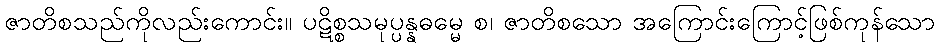
ဇာတိစသည်ကိုလည်းကောင်း။ ပဋိစ္စသမုပ္ပန္နဓမ္မေ စ၊ ဇာတိစသော အကြောင်းကြောင့်ဖြစ်ကုန်သော